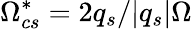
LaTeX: \Omega_{cs}^{*}=2q_{s}/|q_{s}|\Omega